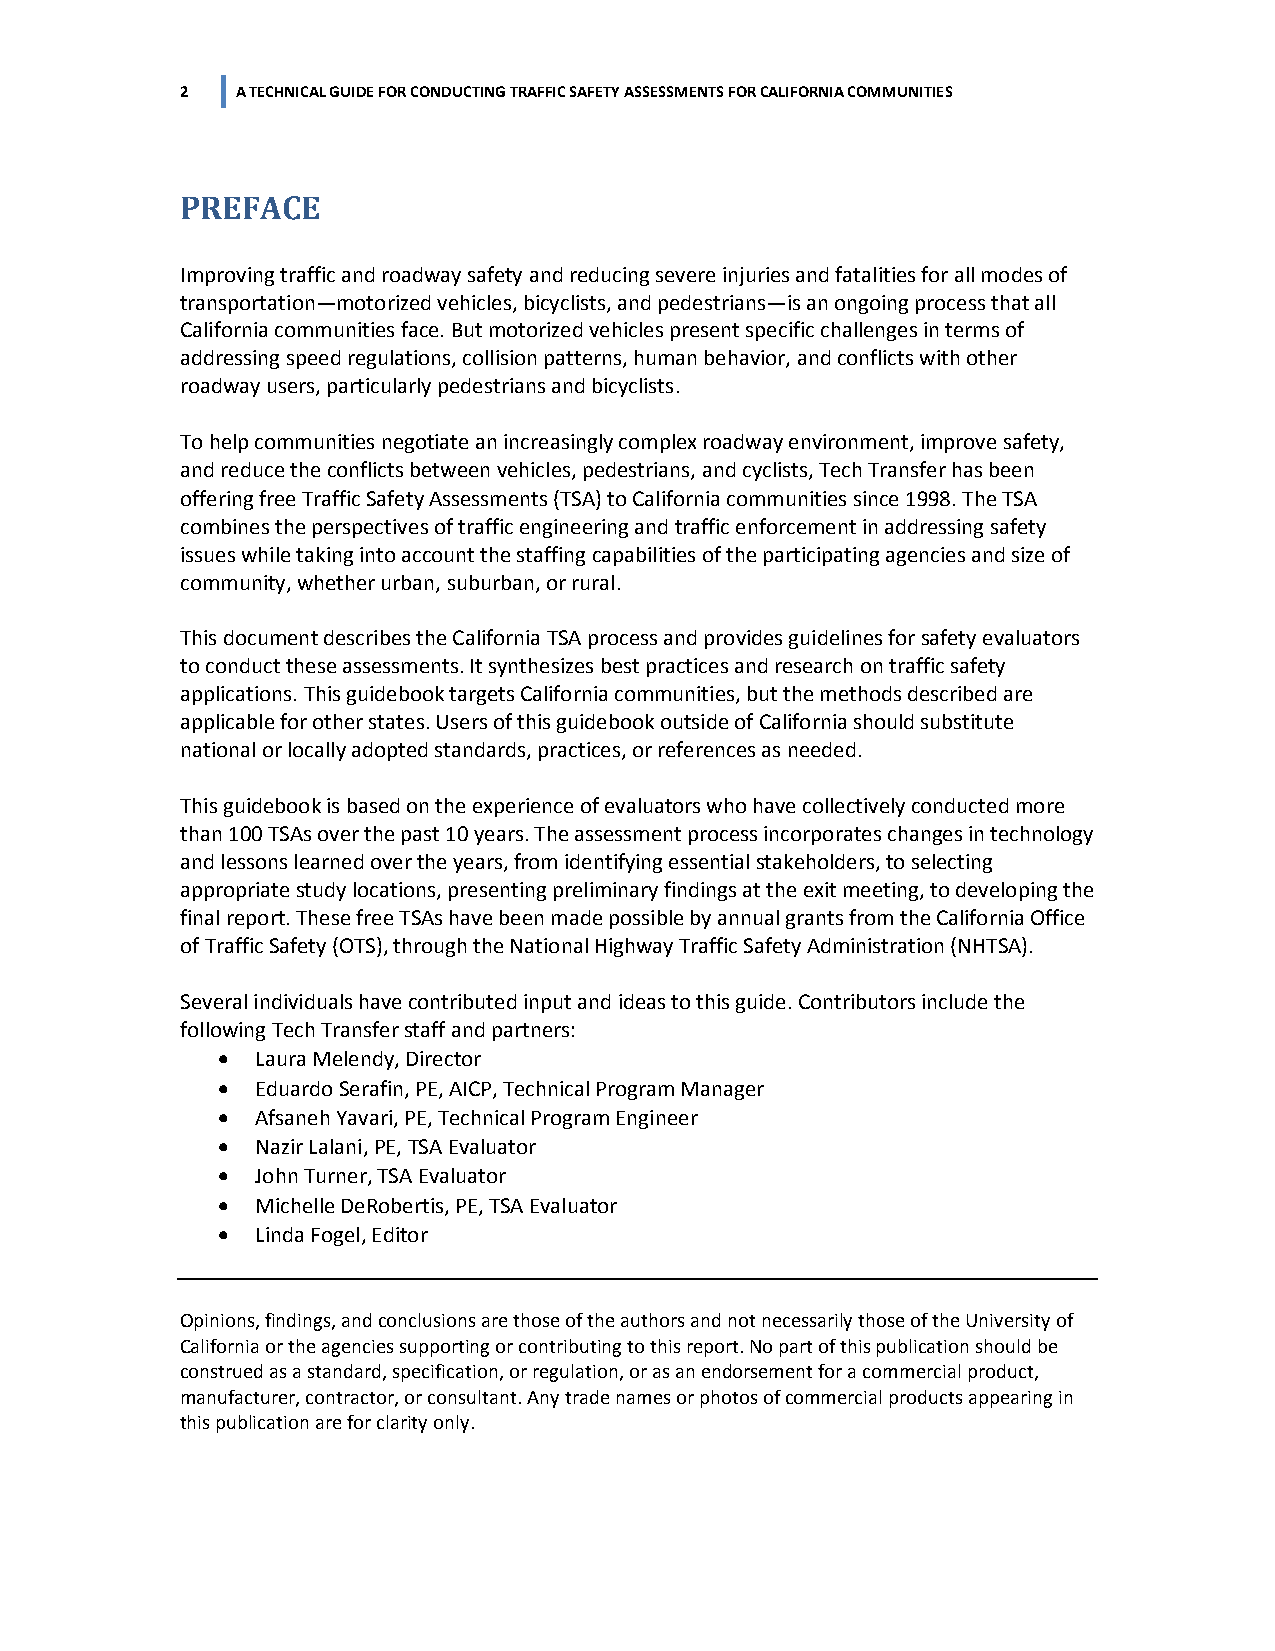
2   A TECHNICAL GUIDE FOR CONDUCTING TRAFFIC SAFETY ASSESSMENTS FOR CALIFORNIA COMMUNITIES
 PREFACE
 Improving traffic and roadway safety and reducing severe injuries and fatalities for all modes of
 transportation—motorized vehicles, bicyclists, and pedestrians—is an ongoing process that all
 California communities face. But motorized vehicles present specific challenges in terms of
 addressing speed regulations, collision patterns, human behavior, and conflicts with other
 roadway users, particularly pedestrians and bicyclists.
 To help communities negotiate an increasingly complex roadway environment, improve safety,
 and reduce the conflicts between vehicles, pedestrians, and cyclists, Tech Transfer has been
 offering free Traffic Safety Assessments (TSA) to California communities since 1998. The TSA
 combines the perspectives of traffic engineering and traffic enforcement in addressing safety
 issues while taking into account the staffing capabilities of the participating agencies and size of
 community, whether urban, suburban, or rural.
 This document describes the California TSA process and provides guidelines for safety evaluators
 to conduct these assessments. It synthesizes best practices and research on traffic safety
 applications. This guidebook targets California communities, but the methods described are
 applicable for other states. Users of this guidebook outside of California should substitute
 national or locally adopted standards, practices, or references as needed.
 This guidebook is based on the experience of evaluators who have collectively conducted more
 than 100 TSAs over the past 10 years. The assessment process incorporates changes in technology
 and lessons learned over the years, from identifying essential stakeholders, to selecting
 appropriate study locations, presenting preliminary findings at the exit meeting, to developing the
 final report. These free TSAs have been made possible by annual grants from the California Office
 of Traffic Safety (OTS), through the National Highway Traffic Safety Administration (NHTSA).
 Several individuals have contributed input and ideas to this guide. Contributors include the
 following Tech Transfer staff and partners:
 •  Laura Melendy, Director
 •  Eduardo Serafin, PE, AICP, Technical Program Manager
 •  Afsaneh Yavari, PE, Technical Program Engineer
 •  Nazir Lalani, PE, TSA Evaluator
 •  John Turner, TSA Evaluator
 •  Michelle DeRobertis, PE, TSA Evaluator
 •  Linda Fogel, Editor
 Opinions, findings, and conclusions are those of the authors and not necessarily those of the University of
 California or the agencies supporting or contributing to this report. No part of this publication should be
 construed as a standard, specification, or regulation, or as an endorsement for a commercial product,
 manufacturer, contractor, or consultant. Any trade names or photos of commercial products appearing in
 this publication are for clarity only.